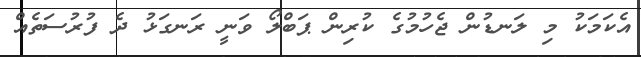
އެކަމަކު މި ލަނޑުން ޖެހުމުގެ ކުރިން ޕަބްލޯ ވަނީ ރަނގަޅު ދެ ފުރުސަތެއް